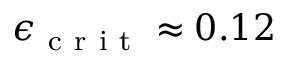
\epsilon _ { \mathrm { ~ c ~ r ~ i ~ t ~ } } \approx 0 . 1 2